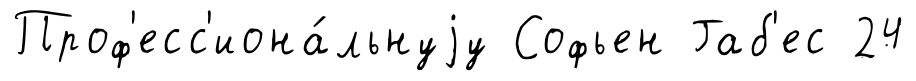
Проф'есс'иона́льнуjу Софьен Габ'ес 24